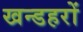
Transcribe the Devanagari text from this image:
खन्डहरों